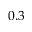
0 . 3